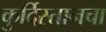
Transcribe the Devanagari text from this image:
कुर्दिस्तानचा